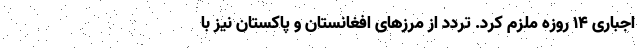
اجباری ۱۴ روزه ملزم کرد. تردد از مرزهای افغانستان و پاکستان نیز با